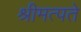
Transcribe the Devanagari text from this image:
श्रीमत्पते